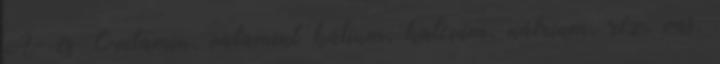
A- és C-vitamin, valamint kálium, kalcium, nátrium, réz, vas,